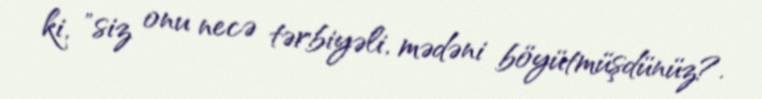
ki, "siz onu necə tərbiyəli, mədəni böyütmüşdünüz?.